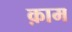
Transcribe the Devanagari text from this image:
क़ाम